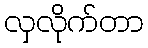
လှလိုက်တာ